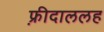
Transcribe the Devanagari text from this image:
फ़्रीदाललह